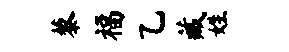
藜福乙藏姓